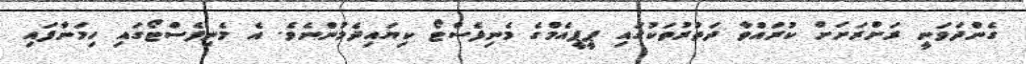
ގެންދަވަނީ ރަށްރަށަށް ކުރައްވާ ދަތުރުތަކުގައި ޕީޕީއެމްގެ މެނިފެސްޓޯ ކިޔައިދެމުންނެވެ. އެ މެނިފެސްޓޯގައި ހިމަނާފައި